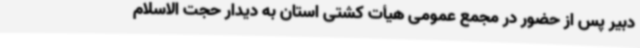
دبیر پس از حضور در مجمع عمومی هیأت کشتی استان به دیدار حجت الاسلام